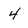
Character: 4